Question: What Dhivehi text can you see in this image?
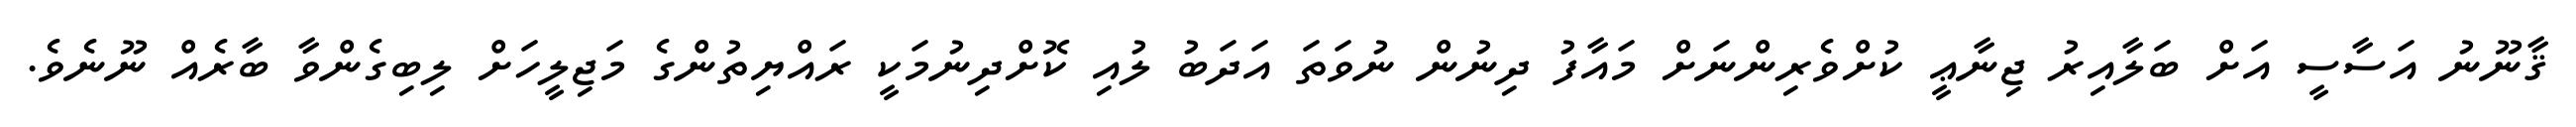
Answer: ޤާނޫނު އަސާސީ އަށް ބަލާއިރު ޖިނާޢީ ކުށްވެރިންނަށް މައާފު ދިނުން ނުވަތަ އަދަބު ލުއި ކޮށްދިނުމަކީ ރައްޔިތުންގެ މަޖިލީހަށް ލިބިގެންވާ ބާރެއް ނޫނެވެ.